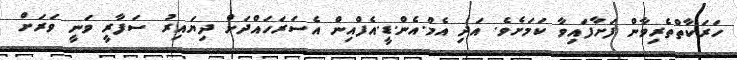
ހަރަކާތްތެރިވާން ފަށާފައިވާ ކަމަށެވެ. އަދި އެމް.އެން.ޑީ.އެފްއިން އެސަރަހައްދަށް ދިޔައިރު ސަފާރީ ވަނީ ވަރަށް